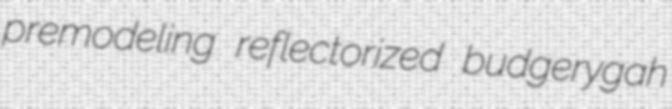
premodeling reflectorized budgerygah